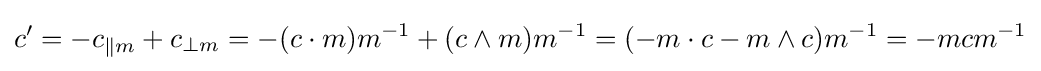
c'={-c_{\|m}+c_{\perp m}}={-(c\cdot m)m^{-1}+(c\wedge m)m^{-1}}={(-m\cdot c-m\wedge c)m^{-1}}=-mcm^{-1}